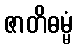
ဇာတိဓမ္မံ